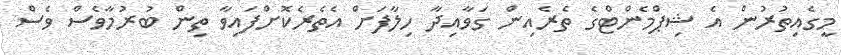
މީގެއިތުރުން އެ ޝިޕްމެންޓްގެ ތެރެއިން ގަވާއިދާ ހިލާފަށް އެތެރެކޮށްފައިވާ ތިން ބުރުމާވެސް ވެސް